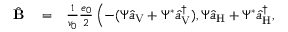
\begin{array} { r l r } { \hat { \bf B } } & { { } = } & { \frac { 1 } { v _ { 0 } } \frac { e _ { 0 } } { 2 } \left( - ( \Psi \hat { a } _ { \mathrm { V } } + \Psi ^ { * } \hat { a } _ { \mathrm { V } } ^ { \dagger } ) , \Psi \hat { a } _ { \mathrm { H } } + \Psi ^ { * } \hat { a } _ { \mathrm { H } } ^ { \dagger } , \right. } \end{array}